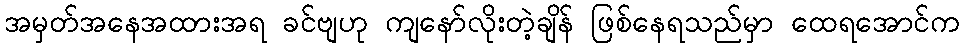
အမှတ်အနေအထားအရ ခင်ဗျဟု ကျနော်လိုးတဲ့ချိန် ဖြစ်နေရသည်မှာ ထေရအောင်က